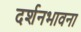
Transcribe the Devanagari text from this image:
दर्शनभावना